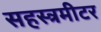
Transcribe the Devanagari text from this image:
सहस्त्रमीटर